Leningradi_Edasi_toimetus, lk 98
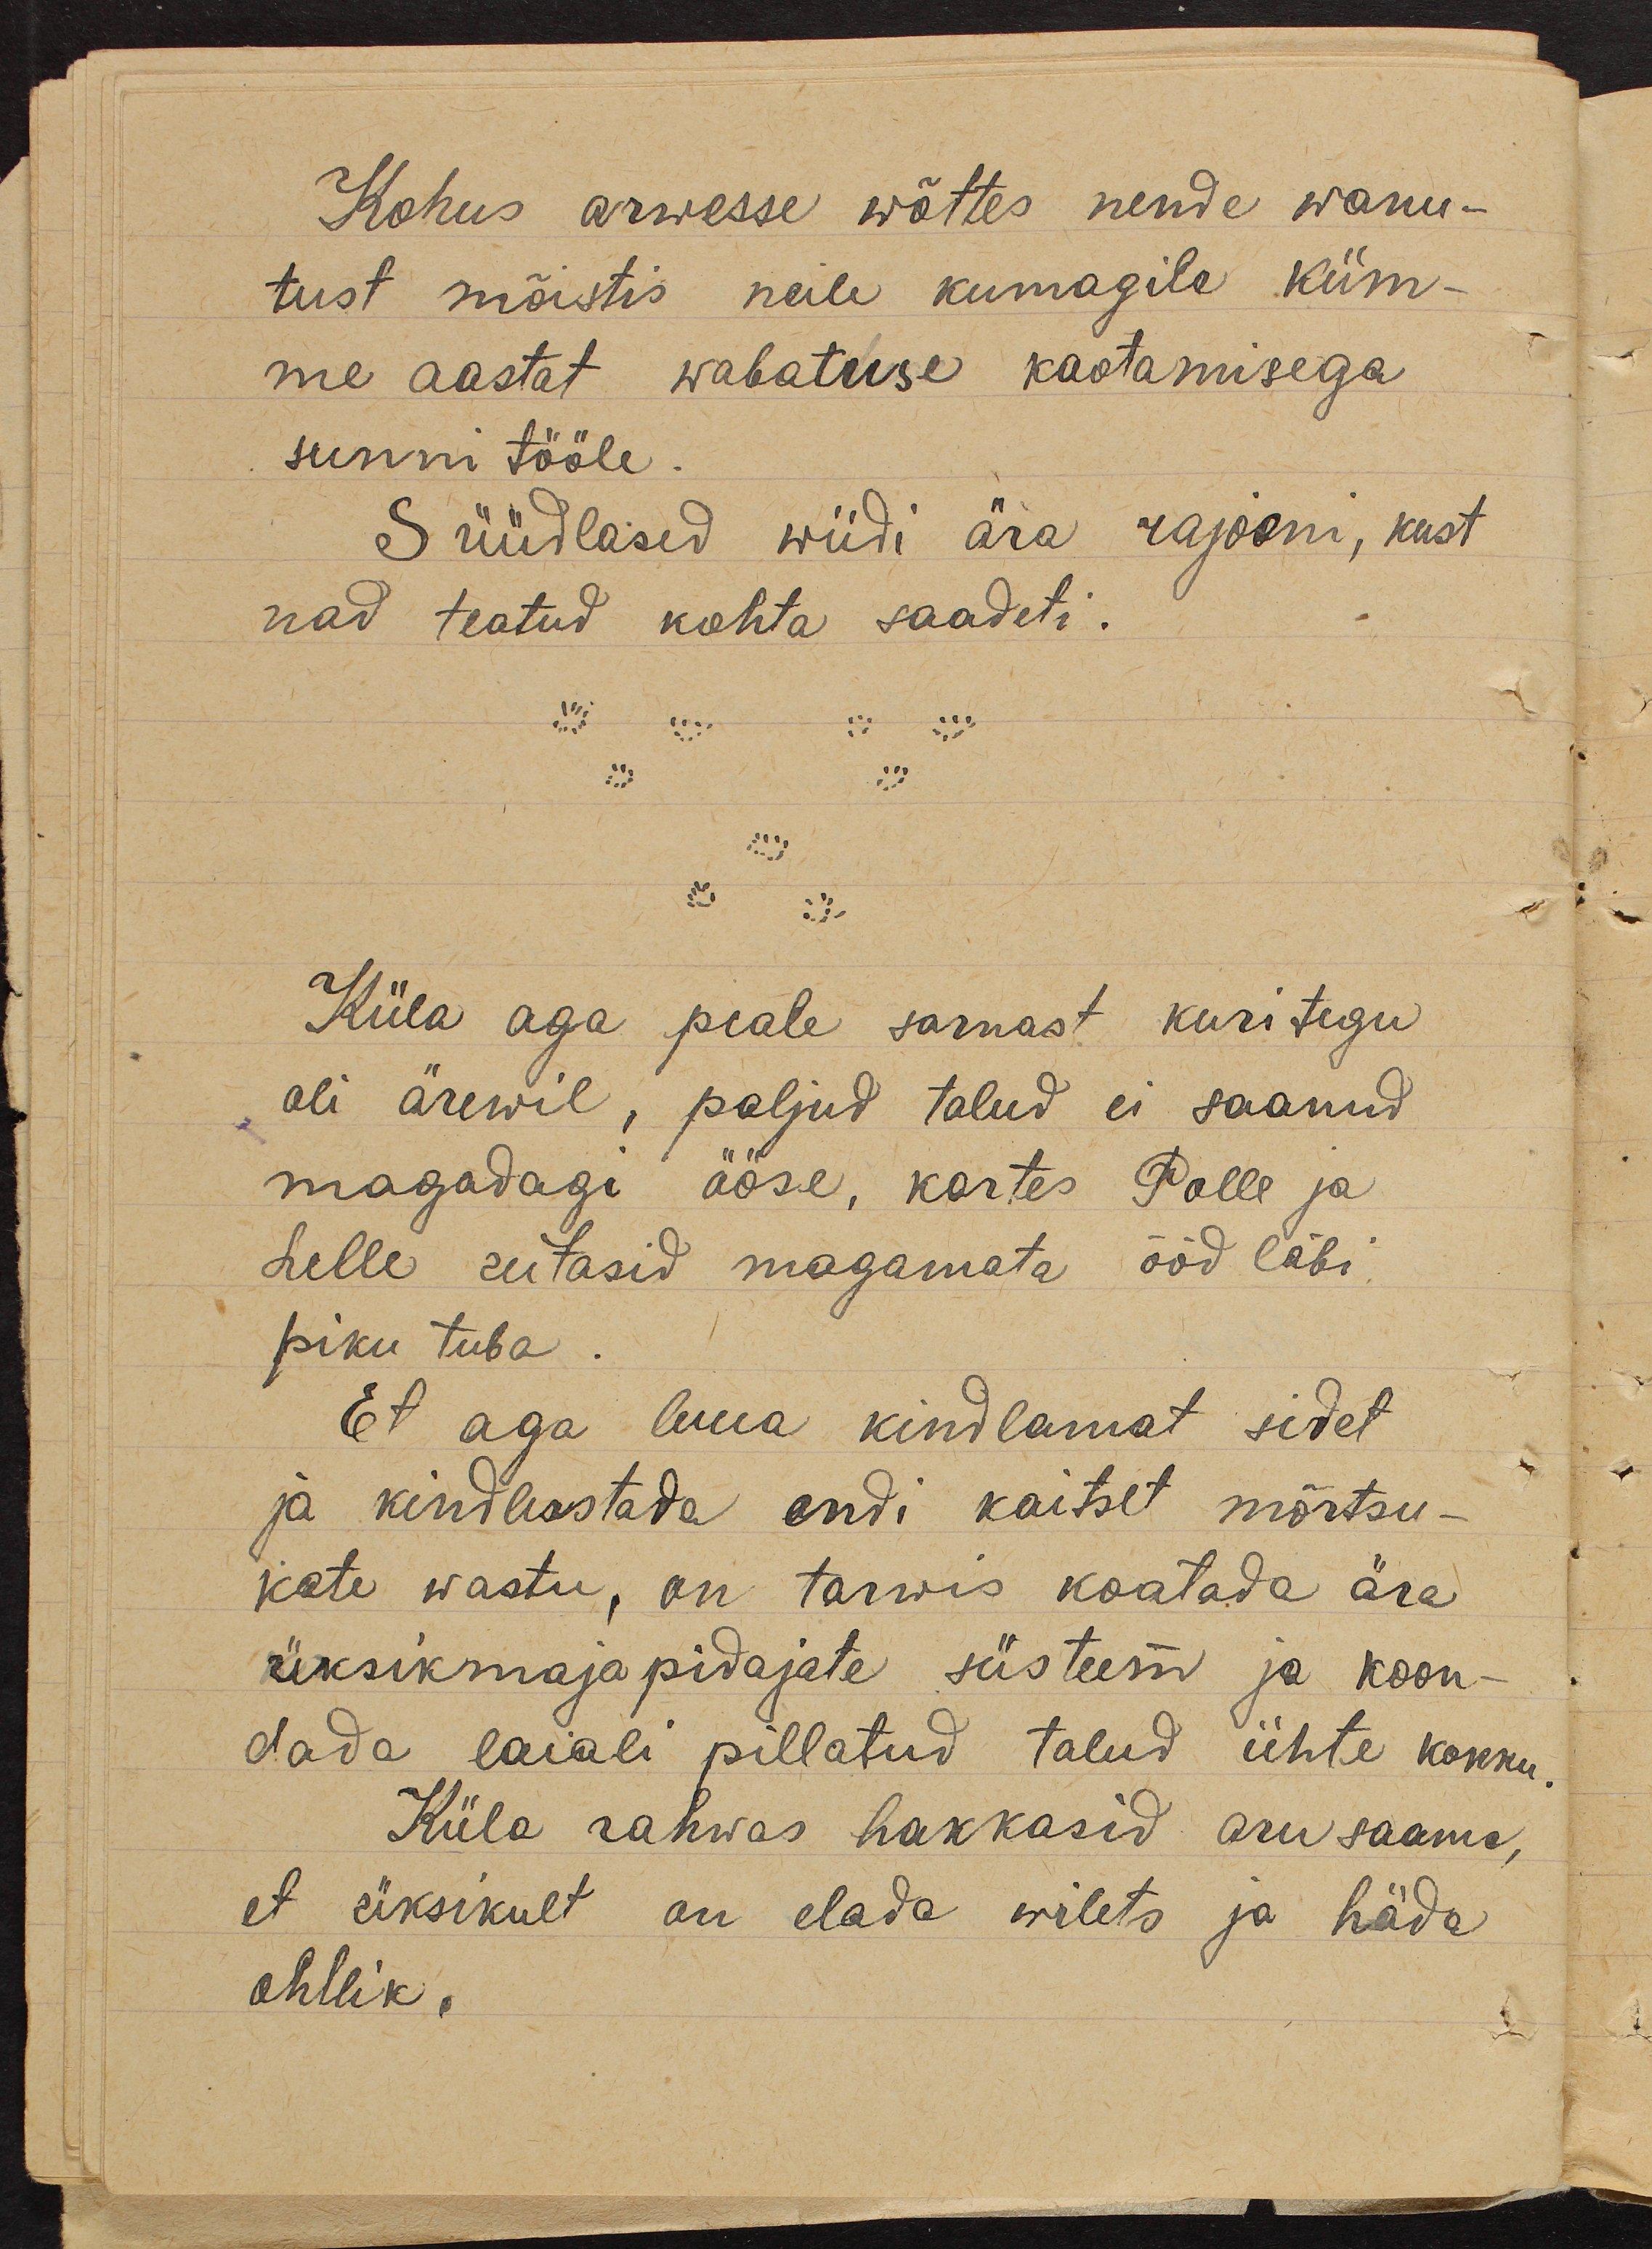
Kohus arwesse wõttes nende wanu-
tust mõistis neile kumagile küm-
me aastat wabatuse kaotamisega
sunni tööle.
Süüdlased wiidi ära rajooni, kust
nad teatud kohta saadeti.
Küla aga peale sarnast kuritegu
oli ärewil, paljud talud ei saanud
magadagi ööse, kartes Polle ja
Lelle uitasid magamata ööd läbi
piku tuba
Et aga luua kindlamat sidet
ja kindlustada endi kaitset mõrtsu-
kate wastu, on tarwis koatada ära
üksikmajapidajate süsteem ja koon-
dada laiali pillatud talud ühte kokku.
Küla rahwas hakkasid aru saama,
et üksikult on elada wilets ja häda
ohllik.